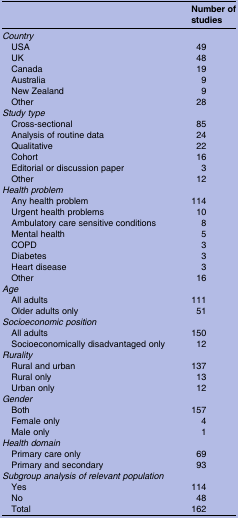
<table><thead><tr><td></td><td><b>Number of studies</b></td></tr></thead><tbody><tr><td colspan="2"><i>Country</i></td></tr><tr><td> USA</td><td>49</td></tr><tr><td> UK</td><td>48</td></tr><tr><td> Canada</td><td>19</td></tr><tr><td> Australia</td><td>9</td></tr><tr><td> New Zealand</td><td>9</td></tr><tr><td> Other</td><td>28</td></tr><tr><td colspan="2"><i>Study type</i></td></tr><tr><td> Cross-sectional</td><td>85</td></tr><tr><td> Analysis of routine data</td><td>24</td></tr><tr><td> Qualitative</td><td>22</td></tr><tr><td> Cohort</td><td>16</td></tr><tr><td> Editorial or discussion paper</td><td>3</td></tr><tr><td> Other</td><td>12</td></tr><tr><td colspan="2"><i>Health problem</i></td></tr><tr><td> Any health problem</td><td>114</td></tr><tr><td> Urgent health problems</td><td>10</td></tr><tr><td> Ambulatory care sensitive conditions</td><td>8</td></tr><tr><td> Mental health</td><td>5</td></tr><tr><td> COPD</td><td>3</td></tr><tr><td> Diabetes</td><td>3</td></tr><tr><td> Heart disease</td><td>3</td></tr><tr><td> Other</td><td>16</td></tr><tr><td colspan="2"><i>Age</i></td></tr><tr><td> All adults</td><td>111</td></tr><tr><td> Older adults only</td><td>51</td></tr><tr><td colspan="2"><i>Socioeconomic position</i></td></tr><tr><td> All adults</td><td>150</td></tr><tr><td> Socioeconomically disadvantaged only</td><td>12</td></tr><tr><td colspan="2"><i>Rurality</i></td></tr><tr><td> Rural and urban</td><td>137</td></tr><tr><td> Rural only</td><td>13</td></tr><tr><td> Urban only</td><td>12</td></tr><tr><td colspan="2"><i>Gender</i></td></tr><tr><td> Both</td><td>157</td></tr><tr><td> Female only</td><td>4</td></tr><tr><td> Male only</td><td>1</td></tr><tr><td colspan="2"><i>Health domain</i></td></tr><tr><td> Primary care only</td><td>69</td></tr><tr><td> Primary and secondary</td><td>93</td></tr><tr><td colspan="2"><i>Subgroup analysis of relevant population</i></td></tr><tr><td> Yes</td><td>114</td></tr><tr><td> No</td><td>48</td></tr><tr><td> Total</td><td>162</td></tr></tbody></table>